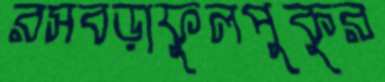
রসবড়াফুলপুকুর